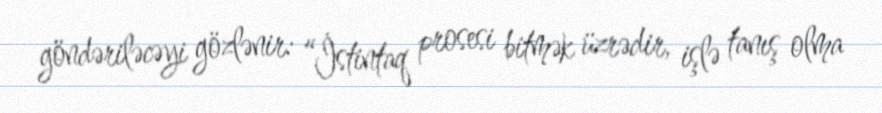
göndəriləcəyi gözlənir: “İstintaq prosesi bitmək üzrədir, işlə tanış olma